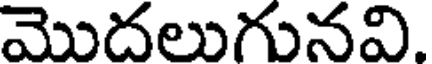
మొదలుగునవి.